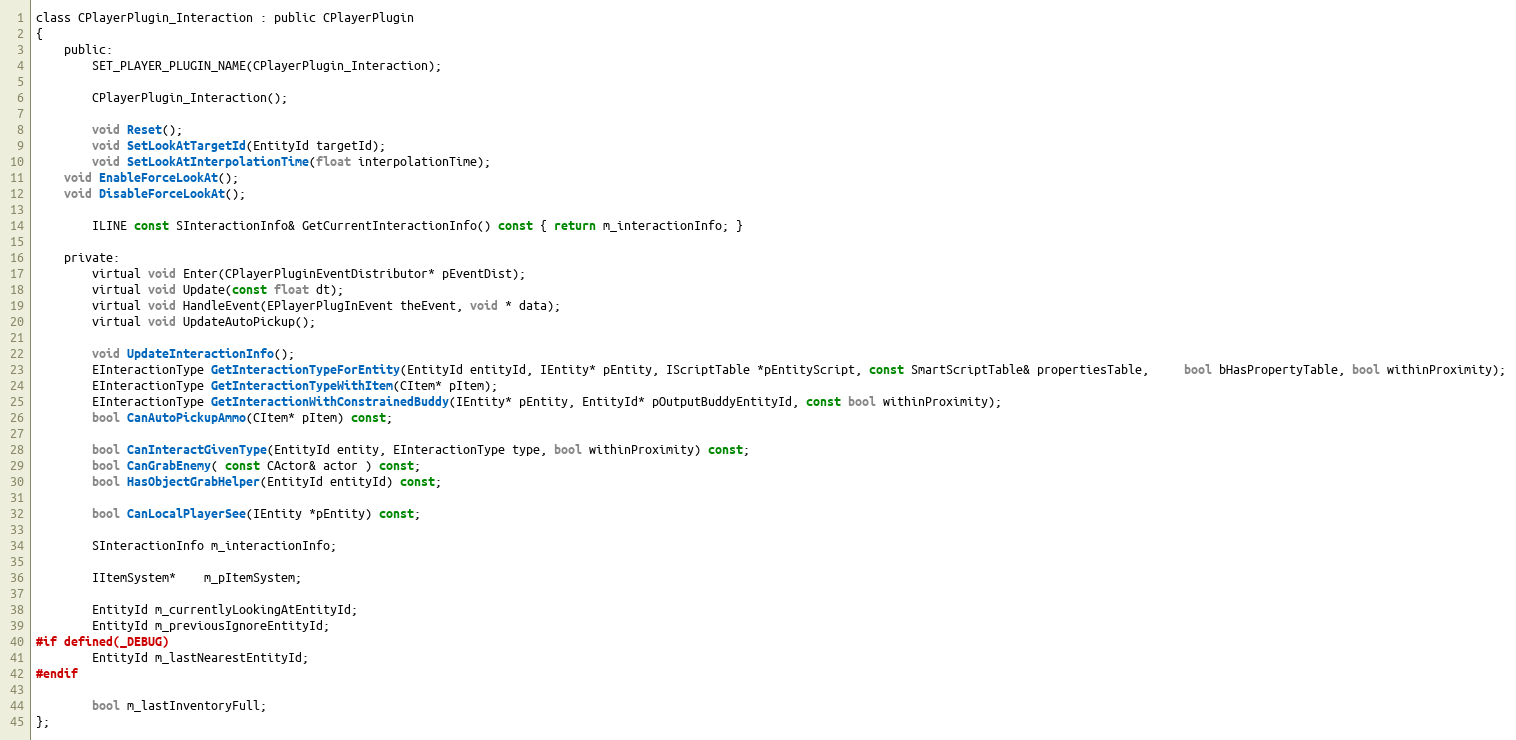
Language: C
class CPlayerPlugin_Interaction : public CPlayerPlugin
{
	public:
		SET_PLAYER_PLUGIN_NAME(CPlayerPlugin_Interaction);

		CPlayerPlugin_Interaction();

		void Reset();
		void SetLookAtTargetId(EntityId targetId);
		void SetLookAtInterpolationTime(float interpolationTime);
    void EnableForceLookAt();
    void DisableForceLookAt();

		ILINE const SInteractionInfo& GetCurrentInteractionInfo() const { return m_interactionInfo; }

	private:
		virtual void Enter(CPlayerPluginEventDistributor* pEventDist);
		virtual void Update(const float dt);
		virtual void HandleEvent(EPlayerPlugInEvent theEvent, void * data);
		virtual void UpdateAutoPickup();

		void UpdateInteractionInfo();
		EInteractionType GetInteractionTypeForEntity(EntityId entityId, IEntity* pEntity, IScriptTable *pEntityScript, const SmartScriptTable& propertiesTable,	 bool bHasPropertyTable, bool withinProximity);
		EInteractionType GetInteractionTypeWithItem(CItem* pItem);
		EInteractionType GetInteractionWithConstrainedBuddy(IEntity* pEntity, EntityId* pOutputBuddyEntityId, const bool withinProximity);
		bool CanAutoPickupAmmo(CItem* pItem) const;

		bool CanInteractGivenType(EntityId entity, EInteractionType type, bool withinProximity) const;
		bool CanGrabEnemy( const CActor& actor ) const;
		bool HasObjectGrabHelper(EntityId entityId) const;

		bool CanLocalPlayerSee(IEntity *pEntity) const;

		SInteractionInfo m_interactionInfo;

		IItemSystem*	m_pItemSystem;

		EntityId m_currentlyLookingAtEntityId;
		EntityId m_previousIgnoreEntityId;
#if defined(_DEBUG)
		EntityId m_lastNearestEntityId;
#endif

		bool m_lastInventoryFull;
};